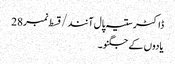
ڈاکٹر ستیہ پال آنند/ قسط نمبر28
یادوں کے جگنو۔